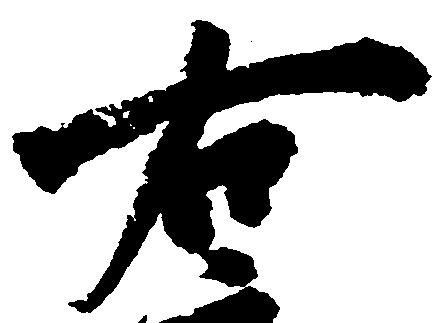
右